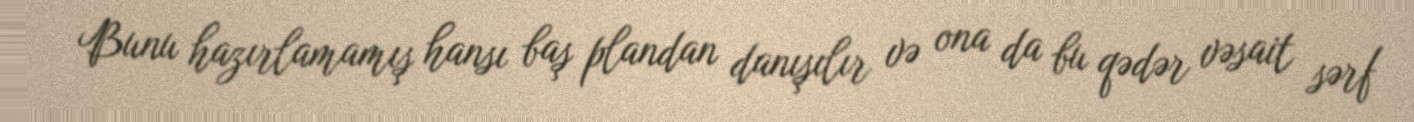
Bunu hazırlamamış hansı baş plandan danışılır və ona da bu qədər vəsait sərf